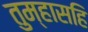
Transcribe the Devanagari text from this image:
तुम्हासहि